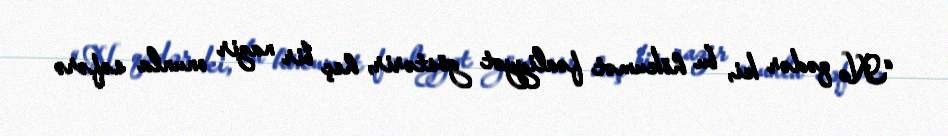
“Nə qədər ki, bu hökumət fəaliyyət göstərir, heç bir nazir onunla səfərə